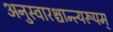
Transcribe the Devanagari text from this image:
अनुस्वारश्चान्त्यरूपम्